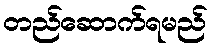
တည်ဆောက်ရမည်